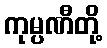
ကုမ္ပဏီတို့